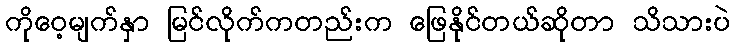
ကိုဝေ့မျက်နှာ မြင်လိုက်ကတည်းက ဖြေနိုင်တယ်ဆိုတာ သိသားပဲ